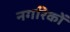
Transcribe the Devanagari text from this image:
नगरिकों